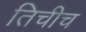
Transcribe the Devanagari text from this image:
तिचीच